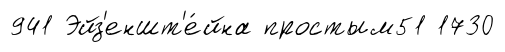
941 Эйз'еншт'е́йна простым51 1730